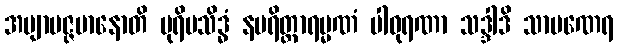
အဗျာပဇ္ဇမာနောတိ ပုရိမသိဒ္ဓံ နပရိတ္တာရမ္မဏံ ပါဝုရဏာ သဒ္ဒါဒိ သာမဏေရ